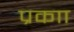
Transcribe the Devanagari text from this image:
प्रकाा